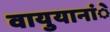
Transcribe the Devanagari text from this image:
वायुयानांे